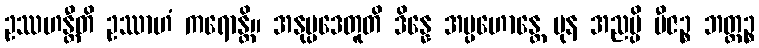
ဥဿဟန္တီတိ ဥဿာဟံ ကရောန္တိ။ အနုပ္ပဒေတူတိ ဒိန္နေ အပ္ပဟောန္တေ ပုန အညမ္ပိ ဗီဇဉ္စ ဘတ္တဉ္စ